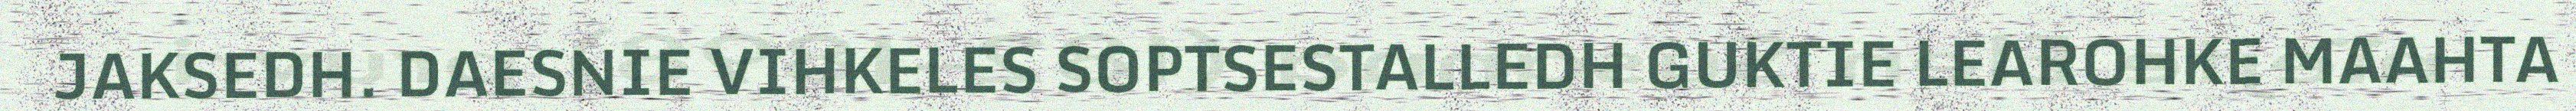
JAKSEDH. DAESNIE VIHKELES SOPTSESTALLEDH GUKTIE LEAROHKE MAAHTA